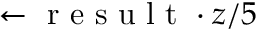
\leftarrow \mathrm { ~ r ~ e ~ s ~ u ~ l ~ t ~ } \cdot z / 5